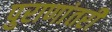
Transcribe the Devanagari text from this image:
पुराणांतरी